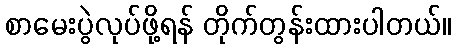
စာမေးပွဲလုပ်ဖို့ရန် တိုက်တွန်းထားပါတယ်။